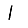
Digit: 1